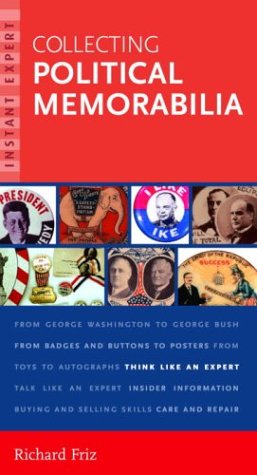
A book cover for Instant Expert: Collecting Political Memorabilia (Instant Expert (Random House)); Richard Friz; Crafts, Hobbies & Home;